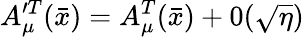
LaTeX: A_{\mu}^{\prime T}(\bar{x})=A_{\mu}^{T}(\bar{x})+0(\sqrt{\eta})